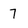
Character: 7